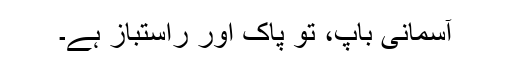
آسمانی باپ، تُو پاک اور راستباز ہے۔